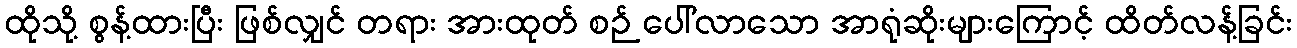
ထိုသို့ စွန့်ထားပြီး ဖြစ်လျှင် တရား အားထုတ် စဉ် ပေါ်လာသော အာရုံဆိုးများကြောင့် ထိတ်လန့်ခြင်း